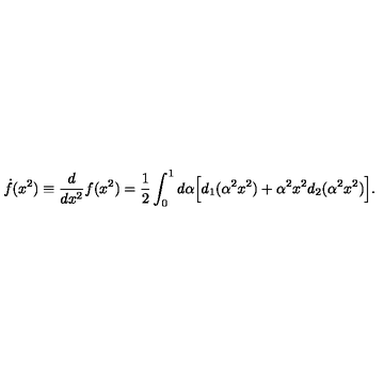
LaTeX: \dot { f } ( x ^ { 2 } ) \equiv \frac { d } { d x ^ { 2 } } f ( x ^ { 2 } ) = \frac { 1 } { 2 } \int _ { 0 } ^ { 1 } d \alpha \Big [ d _ { 1 } ( \alpha ^ { 2 } x ^ { 2 } ) + \alpha ^ { 2 } x ^ { 2 } d _ { 2 } ( \alpha ^ { 2 } x ^ { 2 } ) \Big ] .